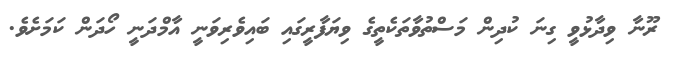
ރޫނާ ވިދާޅުވީ ގިނަ ކުދިން މަސްތުވާތަކެތީގެ ވިޔަފާރީގައި ބައިވެރިވަނީ އާމްދަނީ ހޯދަން ކަމަށެވެ.